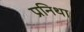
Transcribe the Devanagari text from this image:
प्रनिथा